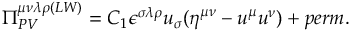
\Pi _ { P V } ^ { \mu \nu \lambda \rho ( L W ) } = C _ { 1 } \epsilon ^ { \sigma \lambda \rho } u _ { \sigma } ( \eta ^ { \mu \nu } - u ^ { \mu } u ^ { \nu } ) + p e r m .